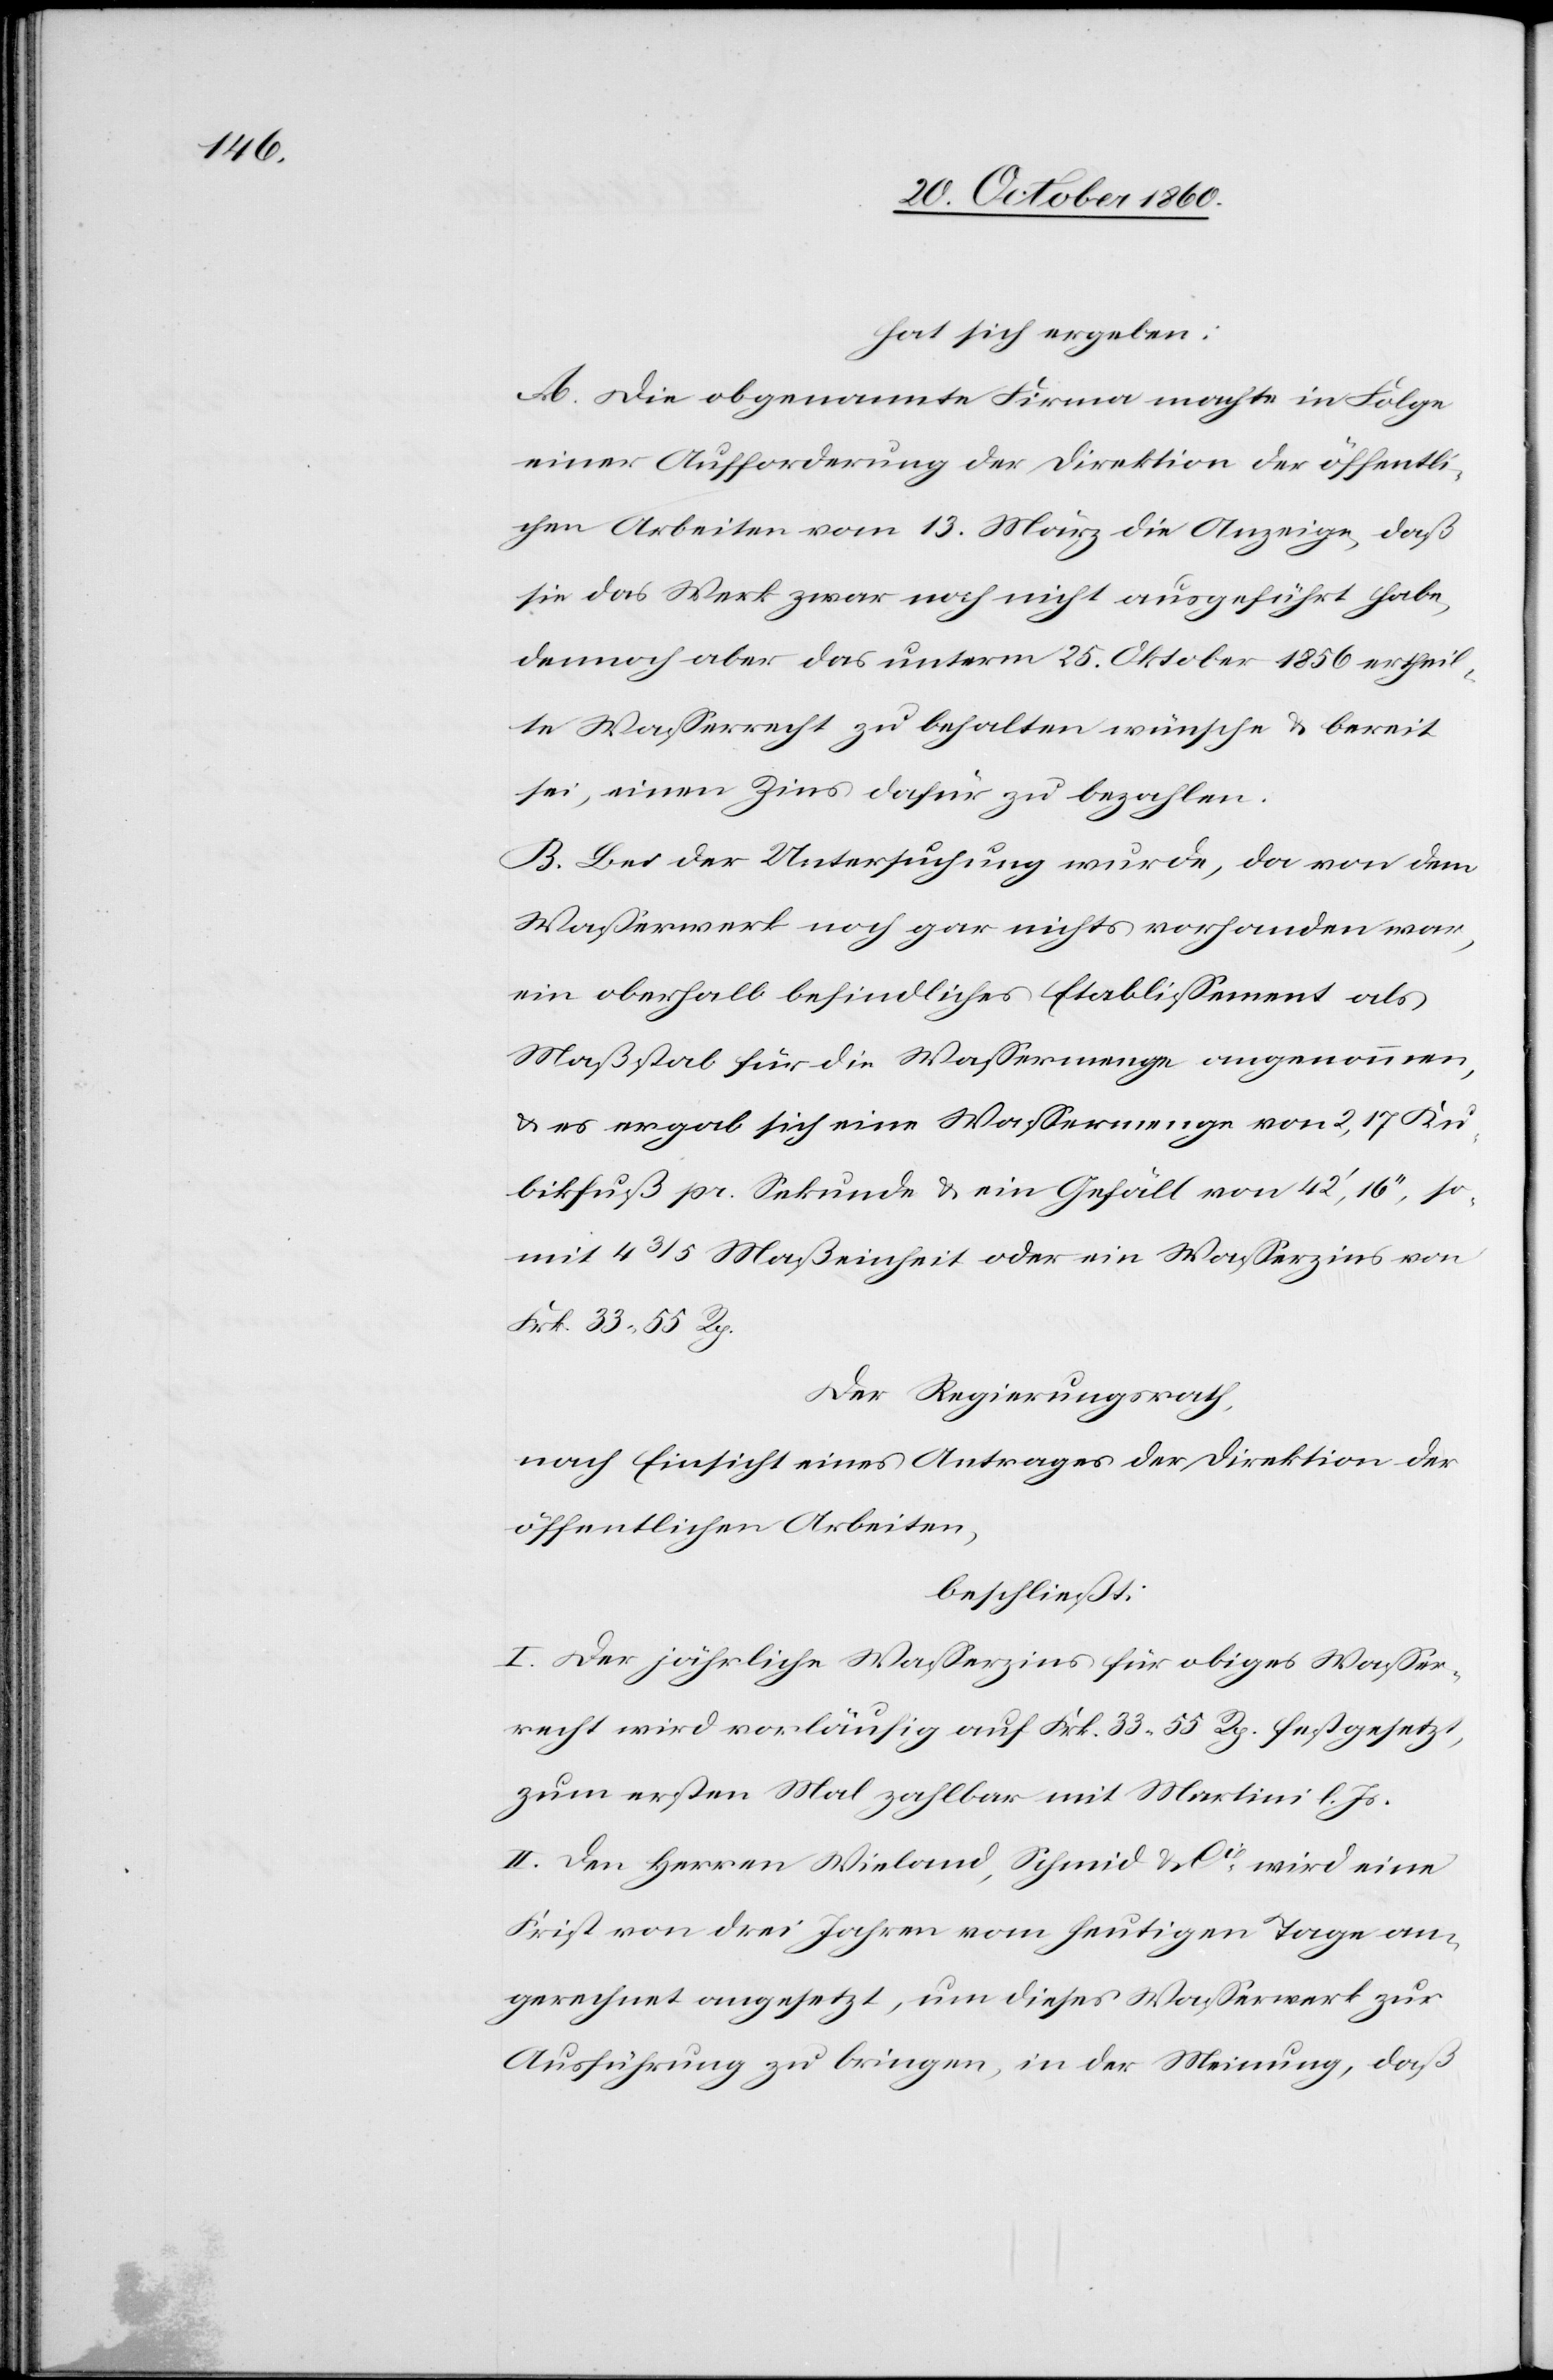
hat sich ergeben:
A. Die obbenannte Firma machte in Folge
einer Aufforderung der Direktion der öffentli¬
chen Arbeiten vom 13. März die Anzeige, daß
sie das Werk zwar noch nicht ausgeführt habe,
dennoch aber das unterm 25. Oktober 1856 ertheil¬
te Wasserecht zu bezahlten wünsche u. bereit
sei, einen Zins dafür zu bezahlen.
B. Bei der Untersuchung wurde, da von dem
Wasserwerk noch gar nichts vorhanden war,
ein oberhalb befindliches Etablissement als
Maßstab für die Wassermenge angenommen,
u. es ergab sich eine Wassermenge von 2,17 Ku¬
bikfuß pr. Sekunde u. ein Gefäll von 42’,16’’, so
mit 4 3/5 Maßeinheit oder ein Wasserzins von
Frk. 35 55 Rp.
Der Regierungsrath,
nach Einsicht eines Antrages der Direktion der
öffentlichen Arbeiten,
beschließt:
I. Der jährliche Wasserzins für obiges Wasser¬
recht wird vorläufig auf Frk. 33 55 Rp. festgesetzt,
zum ersten Mal zahlbar mit Martini l. Js.
II. Den Herren Wieland, Schmid & Cie wird eine
Frist von drei Jahren vom heutigen Tage an¬
gerechnet angesetzt, um dieses Wasserwerk zur
Ausführung zu bringen, in der Meinung, daß